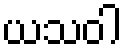
ယသဝါ